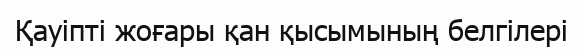
Қауіпті жоғары қан қысымының белгілері